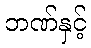
ဘဏ်နှင့်